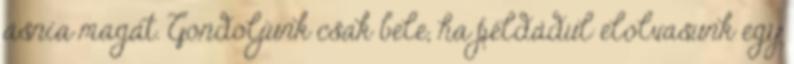
ásnia magát. Gondoljunk csak bele, ha példádul elolvasunk egy